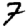
Digit: 7